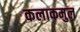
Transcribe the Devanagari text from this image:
कलाकमुल